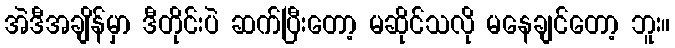
အဲဒီအချိန်မှာ ဒီတိုင်းပဲ ဆက်ပြီးတော့ မဆိုင်သလို မနေချင်တော့ ဘူး။